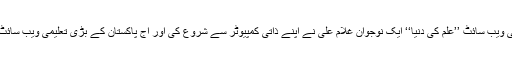
تعلیمی ویب سائٹ ’’علم کی دنیا‘‘ ایک نوجوان غلام علی نے اپنے ذاتی کمپیوٹر سے شروع کی اور آج پاکستان کے بڑی تعلیمی ویب سائٹ ہے۔